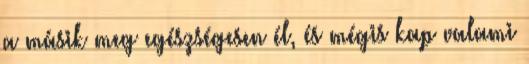
a másik meg egészségesen él, és mégis kap valami